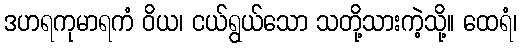
ဒဟရကုမာရကံ ဝိယ၊ ငယ်ရွယ်သော သတို့သားကဲ့သို့။ ထေရံ၊